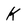
Character: k